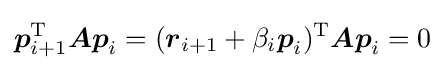
{\boldsymbol {p}}_{i+1}^{\mathrm {T} }{\boldsymbol {Ap}}_{i}=({\boldsymbol {r}}_{i+1}+\beta _{i}{\boldsymbol {p}}_{i})^{\mathrm {T} }{\boldsymbol {Ap}}_{i}=0